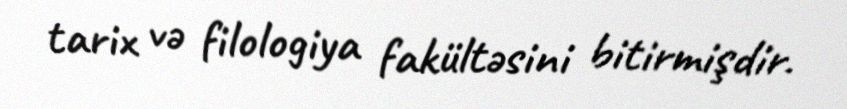
tarix və filologiya fakültəsini bitirmişdir.